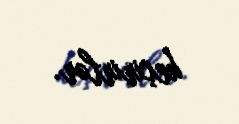
keçirirlər.